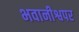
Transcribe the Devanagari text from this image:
भवानीश्वपर